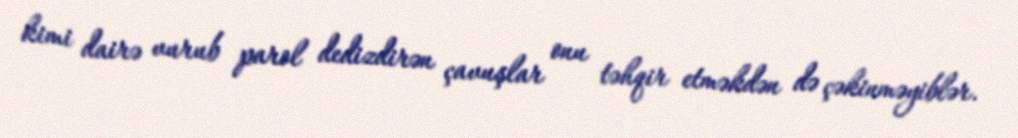
kimi dairə vurub parol dedizdirən çavuşlar onu təhqir etməkdən də çəkinməyiblər.